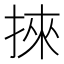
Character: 𢯦